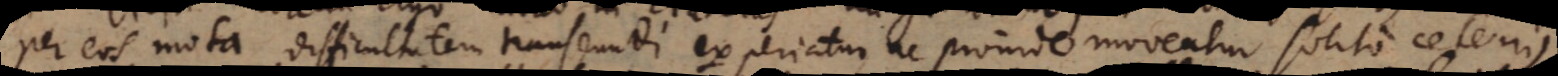
per eos mota difficultatem transeundi experiatur ne proinde moveatur solito celerius.